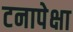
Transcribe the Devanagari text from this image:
टनापेक्षा